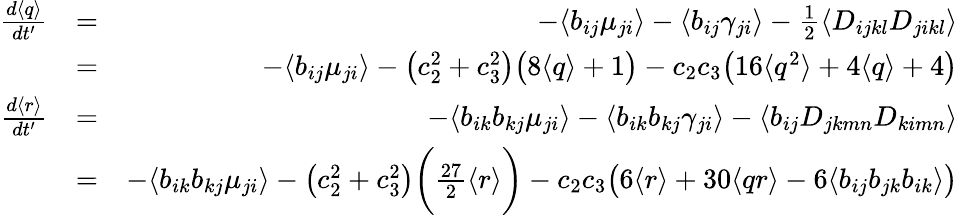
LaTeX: \begin{array}{rlr}{\frac{d\langle q\rangle}{dt^{\prime}}}&{=}&{-\langle b_{ij}\mu_{ji}\rangle-\langle b_{ij}\gamma_{ji}\rangle-\frac{1}{2}\langle D_{ijkl}D_{jikl}\rangle}\\ &{=}&{-\langle b_{ij}\mu_{ji}\rangle-\big(c_{2}^{2}+c_{3}^{2}\big)\big(8\langle q\rangle+1\big)-c_{2}c_{3}\big(16\langle q^{2}\rangle+4\langle q\rangle+4\big)}\\ {\frac{d\langle r\rangle}{dt^{\prime}}}&{=}&{-\langle b_{ik}b_{kj}\mu_{ji}\rangle-\langle b_{ik}b_{kj}\gamma_{ji}\rangle-\langle b_{ij}D_{jkmn}D_{kimn}\rangle}\\ &{=}&{-\langle b_{ik}b_{kj}\mu_{ji}\rangle-\big(c_{2}^{2}+c_{3}^{2}\big)\bigg(\frac{27}{2}\langle r\rangle\bigg)-c_{2}c_{3}\big(6\langle r\rangle+30\langle qr\rangle-6\langle b_{ij}b_{jk}b_{ik}\rangle\big)}\end{array}